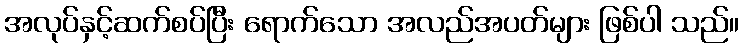
အလုပ်နှင့်ဆက်စပ်ပြီး ရောက်သော အလည်အပတ်များ ဖြစ်ပါ သည်။